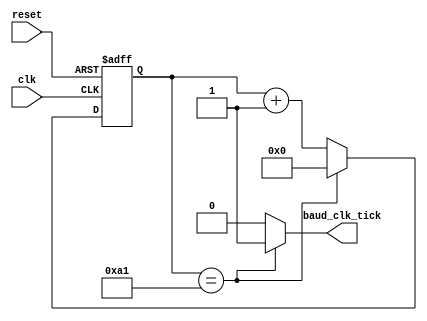
/***************************************************************************************************
** fpga_nes/hw/src/cmn/uart/uart_baud_clk.v
*
*  Copyright (c) 2012, Brian Bennett
*  All rights reserved.
*
*  Redistribution and use in source and binary forms, with or without modification, are permitted
*  provided that the following conditions are met:
*
*  1. Redistributions of source code must retain the above copyright notice, this list of conditions
*     and the following disclaimer.
*  2. Redistributions in binary form must reproduce the above copyright notice, this list of
*     conditions and the following disclaimer in the documentation and/or other materials provided
*     with the distribution.
*
*  THIS SOFTWARE IS PROVIDED BY THE COPYRIGHT HOLDERS AND CONTRIBUTORS "AS IS" AND ANY EXPRESS OR
*  IMPLIED WARRANTIES, INCLUDING, BUT NOT LIMITED TO, THE IMPLIED WARRANTIES OF MERCHANTABILITY AND
*  FITNESS FOR A PARTICULAR PURPOSE ARE DISCLAIMED. IN NO EVENT SHALL THE COPYRIGHT OWNER OR
*  CONTRIBUTORS BE LIABLE FOR ANY DIRECT, INDIRECT, INCIDENTAL, SPECIAL, EXEMPLARY, OR CONSEQUENTIAL
*  DAMAGES (INCLUDING, BUT NOT LIMITED TO, PROCUREMENT OF SUBSTITUTE GOODS OR SERVICES; LOSS OF USE,
*  DATA, OR PROFITS; OR BUSINESS INTERRUPTION) HOWEVER CAUSED AND ON ANY THEORY OF LIABILITY,
*  WHETHER IN CONTRACT, STRICT LIABILITY, OR TORT (INCLUDING NEGLIGENCE OR OTHERWISE) ARISING IN ANY
*  WAY OUT OF THE USE OF THIS SOFTWARE, EVEN IF ADVISED OF THE POSSIBILITY OF SUCH DAMAGE.
*
*  Generates a tick signal at OVERSAMPLE_RATE times the baud rate.  Should be fed to the uart_rx
*  and uart_tx blocks.
***************************************************************************************************/

module uart_baud_clk
#(
  parameter SYS_CLK_FREQ             = 50000000,
  parameter BAUD                     = 19200,
  parameter BAUD_CLK_OVERSAMPLE_RATE = 16
)
(
  input  wire clk,
  input  wire reset,
  output wire baud_clk_tick
);

localparam [15:0] CLKS_PER_OVERSAMPLE_TICK = (SYS_CLK_FREQ / BAUD) / BAUD_CLK_OVERSAMPLE_RATE;

// Registers
reg  [15:0] q_cnt;
wire [15:0] d_cnt;

always @(posedge clk, posedge reset)
  begin
    if (reset)
      q_cnt <= 0;
    else
      q_cnt <= d_cnt;
  end

assign d_cnt         = (q_cnt == (CLKS_PER_OVERSAMPLE_TICK - 1)) ? 16'h0000 : (q_cnt + 16'h0001);
assign baud_clk_tick = (q_cnt == (CLKS_PER_OVERSAMPLE_TICK - 1)) ? 1'b1     : 1'b0;

endmodule